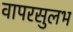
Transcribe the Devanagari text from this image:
वापरसुलभ